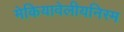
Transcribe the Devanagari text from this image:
मेकियावेलीयनिस्म